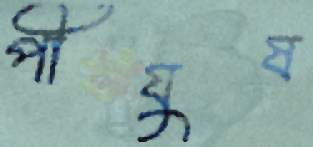
পীযুষ